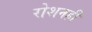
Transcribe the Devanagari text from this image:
रोशनही